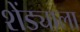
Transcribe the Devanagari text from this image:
शेंड्याला